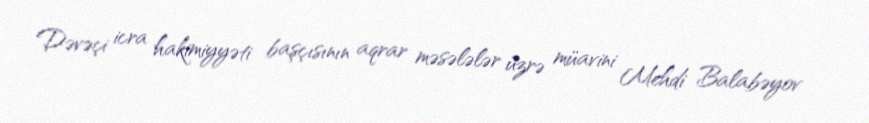
Dəvəçi icra hakimiyyəti başçısının aqrar məsələlər üzrə müavini Mehdi Balabəyov